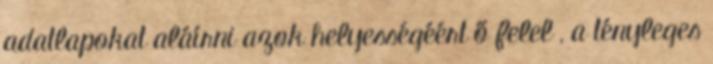
adatlapokat aláírni azok helyességéért ő felel , a tényleges